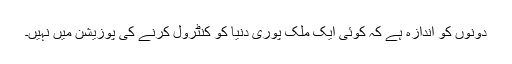
دونوں کو اندازہ ہے کہ کوئی ایک ملک پوری دنیا کو کنٹرول کرنے کی پوزیشن میں نہیں۔